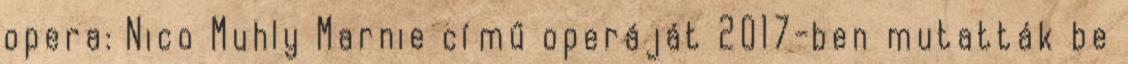
opera: Nico Muhly Marnie című operáját 2017-ben mutatták be